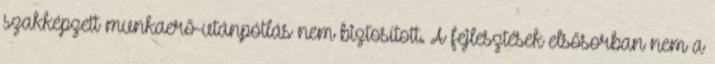
szakképzett munkaerő-utánpótlás nem biztosított. A fejlesztések elsősorban nem a